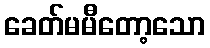
ခေတ်မမီတော့သော